Vaccination Hyderabad 1872-1889 - 1872-1889
Year: 1872
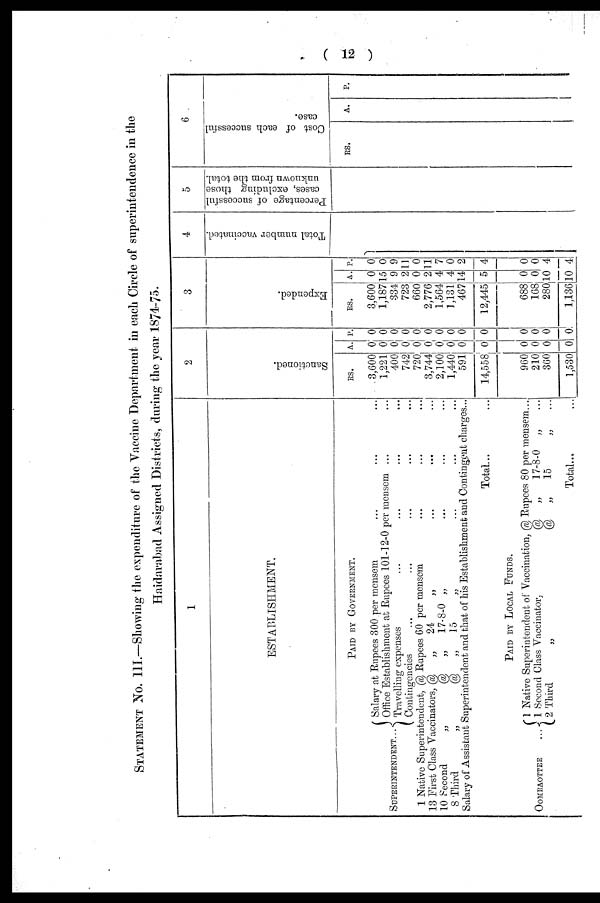
( 12 )
STATEMENT NO. III.—Showing the expenditure of the Vaccine Department in each Circle of superintendence in the
Haidarabad Assigned Districts, during the year 1874-75.
1
ESTABLISHMENT.
PAID BY GOVERNMENT.
SUPERINTENDENT...
Salary at Rupees 300 per mensem ... ... ...
Office Establishment at Rupees 101-12-0 per mensem ... ...
Travelling expenses ... ... ... ...
Contingencies ... ... ... ...
1 Native Superintendent, @ Rupees 60 per mensem ... ... ...
13 First Class Vaccinators, @ „
24
„
...
... ...
10 Second
„
@ „
17-8-0 „ ... ... ...
8 Third
„
@ „
15
„ ... ... ...
Salary of Assistant Superintendent and that of his Establishment and Contingent charges...
Total... ...
PAID BY LOCAL FUNDS.
OOMRAOTTEE
...
1 Native Superintendent of Vaccination, @ Rupees 80 per mensem...
1 Second Class Vaccinator.
@ „
17-8-0 „ ...
2 Third
„
@ „
15
„
...
Total... ...
2
Sanctioned.
RS.
3,600
1,221
400
742
720
3,744
2,100
1,440
591
14,558
960
210
360
1,530
A.
0
0
0
0
0
0
0
0
0
0
0
0
0
0
R.
0
0
0
0
0
0
0
0
0
0
0
0
0
0
3
Expended.
RS.
3,600
1,187
334
723
660
2,776
1,564
1,131
467
12,445
688
168
280
1,136
A.
0
15
9
2
0
2
4
4
14
5
0
0
10
10
P.
0
0
9
11
0
11
7
0
2
4
0
0
4
4
4
Total number vaccinated.
5
Percentage of successful
cases, excluding those
unknown from the total.
6
Cost of each successful
case.
RS.
A.
P.